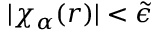
| \chi _ { \alpha } ( \boldsymbol { r } ) | < \tilde { \epsilon }